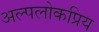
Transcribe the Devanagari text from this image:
अल्पलोकप्रिय